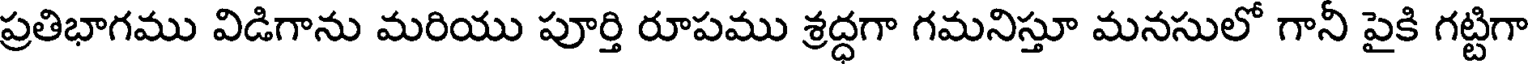
ప్రతిభాగము విడిగాను మరియు పూర్తి రూపము శ్రద్ధగా గమనిస్తూ మనసులో గానీ పైకి గట్టిగా